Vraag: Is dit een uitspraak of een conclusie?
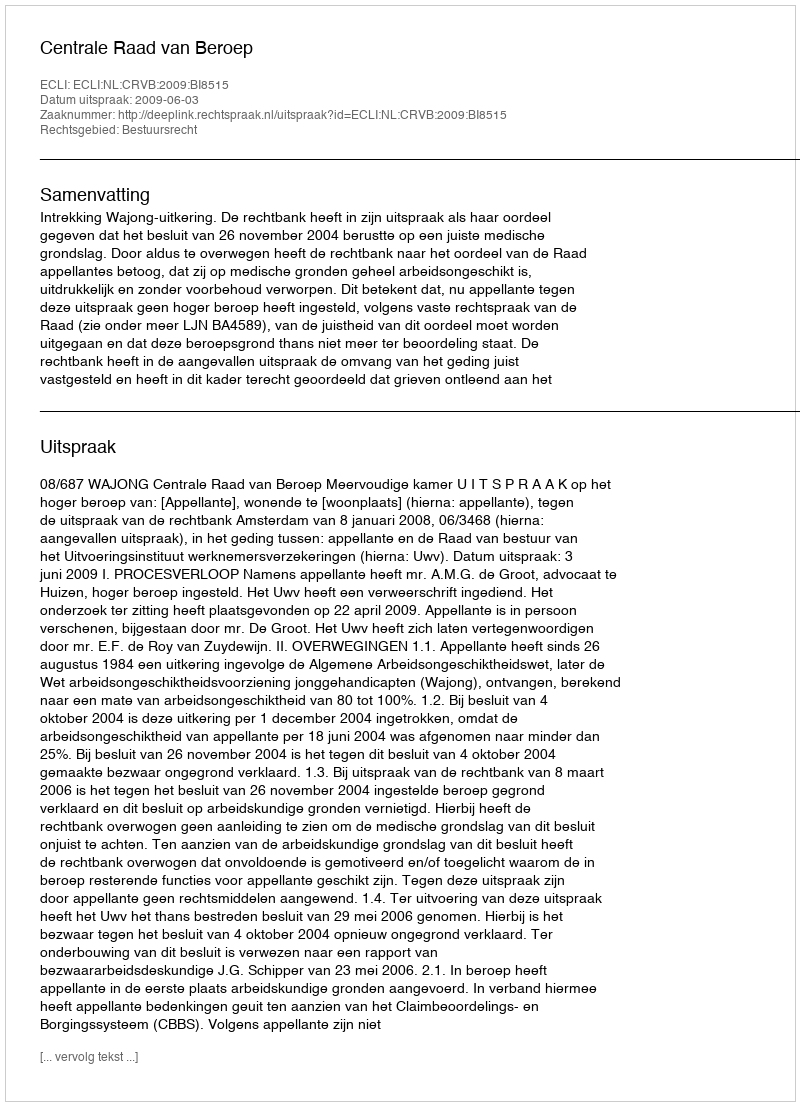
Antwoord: Uitspraak